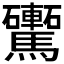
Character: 𩧕